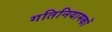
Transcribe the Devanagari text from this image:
गतिनियामकों